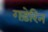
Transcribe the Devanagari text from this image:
गड़ेरिन